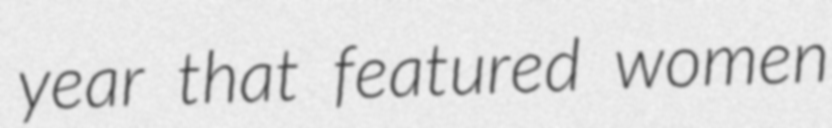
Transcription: year that featured women